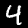
Digit: 4